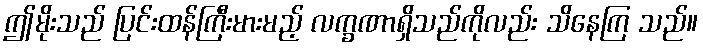
ဤမိုးသည် ပြင်းထန်ကြီးမားမည့် လက္ခဏာရှိသည်ကိုလည်း သိနေကြ သည်။